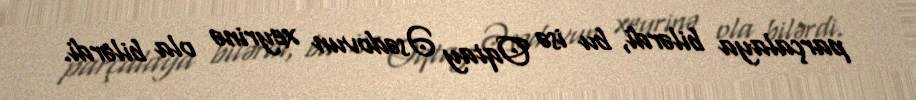
parçalaya bilərdi, bu isə Oqtay Əsədovun xeyrinə ola bilərdi.